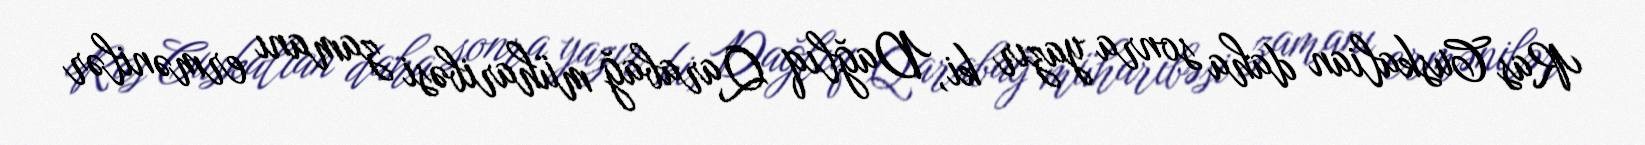
Ras Cuskalian daha sonra yazır ki, Dağlıq Qarabağ müharibəsi zamanı ermənilər